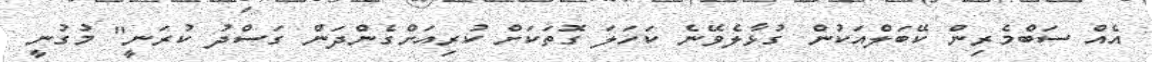
އެއް ސަބްމެރިން ކޭބަލްއަކުން ގުޅާލެވޭނެ ކަހަލަ ގޮތަކަށް ކުރިއަށްގެންދަން ގަސްދު ކުރަނީ" މުގުނީ